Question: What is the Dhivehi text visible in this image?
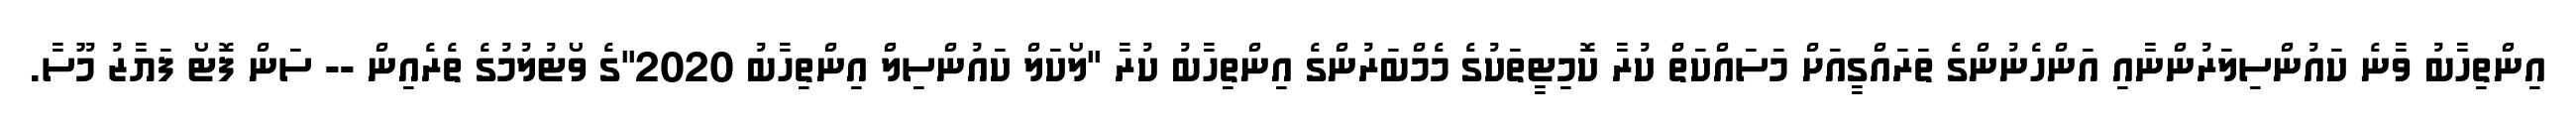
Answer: އިންތިހާބު ވާނެ ކައުންސިލަރުންނާއި އަންހެނުންގެ ތަރައްގީއަށް މަސައްކަތް ކުރާ ކޮމިޓީތަކުގެ މެމްބަރުންގެ އިންތިހާބު ކުރާ "ލޯކަލް ކައުންސިލް އިންތިހާބު 2020"ގެ ވޯޓުލުމުގެ ތެރެއިން -- ސަން ފޮޓޯ ފަޔާޒު މޫސާ.